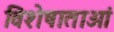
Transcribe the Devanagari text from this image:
विशेषाताओं